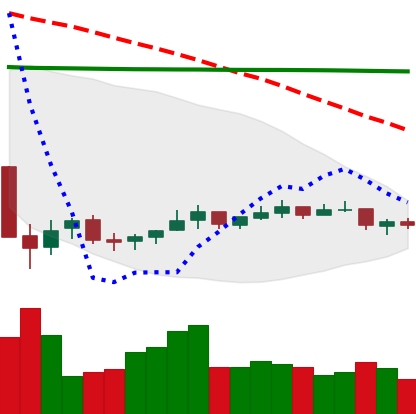
Ticker: NEO-USD
Chart end date: 2021-07-10
Forward return: -8.314%
Label: down_7plus